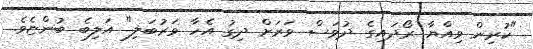
"ކުރިން ވިއްޔާ ރޯދައިގެ ދުވަސް ވަރަށް ދިގު އެހާ ވަރުބަލި" އަލިބެ ބުންޏެވެ.